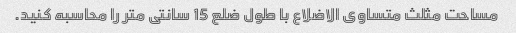
مساحت مثلث متساوی الاضلاع با طول ضلع 15 سانتی متر را محاسبه کنید.